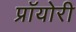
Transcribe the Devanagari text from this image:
प्रॉयोरी